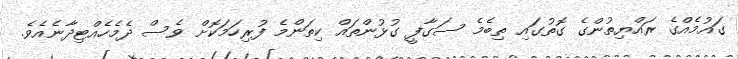
ގައުމެއްގެ ރައްޔިތުންގެ ގޮތުގައި ތިބެމެ ސަގާފީ ގުޅުންތައް ކިތަންމެ ފުރިހަމަކޮށް ވެސް ދެމެހެއްޓިދާނެއެވެ.